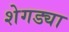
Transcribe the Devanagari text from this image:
शेगड्या